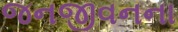
જનજીવનના